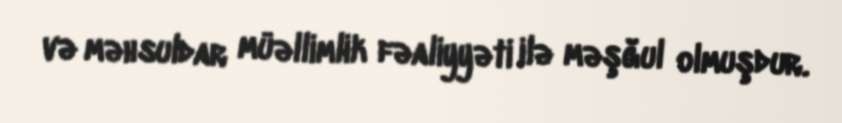
və məhsuldar müəllimlik fəaliyyəti ilə məşğul olmuşdur.